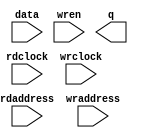
// megafunction wizard: %RAM: 2-PORT%VBB%
// GENERATION: STANDARD
// VERSION: WM1.0
// MODULE: altsyncram 

// ============================================================
// Megafunction Name(s):
// 			altsyncram
//
// Simulation Library Files(s):
// 			altera_mf
// ============================================================
// ************************************************************
// THIS IS A WIZARD-GENERATED FILE. DO NOT EDIT THIS FILE!
//
// 16.1.0 Build 196 10/24/2016 SJ Lite Edition
// ************************************************************

//Copyright (C) 2016  Intel Corporation. All rights reserved.
//Your use of Intel Corporation's design tools, logic functions 
//and other software and tools, and its AMPP partner logic 
//functions, and any output files from any of the foregoing 
//(including device programming or simulation files), and any 
//associated documentation or information are expressly subject 
//to the terms and conditions of the Intel Program License 
//Subscription Agreement, the Intel Quartus Prime License Agreement,
//the Intel MegaCore Function License Agreement, or other 
//applicable license agreement, including, without limitation, 
//that your use is for the sole purpose of programming logic 
//devices manufactured by Intel and sold by Intel or its 
//authorized distributors.  Please refer to the applicable 
//agreement for further details.

module videoRAM (
	data,
	rdaddress,
	rdclock,
	wraddress,
	wrclock,
	wren,
	q);

	input	[15:0]  data;
	input	[16:0]  rdaddress;
	input	  rdclock;
	input	[16:0]  wraddress;
	input	  wrclock;
	input	  wren;
	output	[15:0]  q;
`ifndef ALTERA_RESERVED_QIS
// synopsys translate_off
`endif
	tri1	  wrclock;
	tri0	  wren;
`ifndef ALTERA_RESERVED_QIS
// synopsys translate_on
`endif

endmodule

// ============================================================
// CNX file retrieval info
// ============================================================
// Retrieval info: PRIVATE: ADDRESSSTALL_A NUMERIC "0"
// Retrieval info: PRIVATE: ADDRESSSTALL_B NUMERIC "0"
// Retrieval info: PRIVATE: BYTEENA_ACLR_A NUMERIC "0"
// Retrieval info: PRIVATE: BYTEENA_ACLR_B NUMERIC "0"
// Retrieval info: PRIVATE: BYTE_ENABLE_A NUMERIC "0"
// Retrieval info: PRIVATE: BYTE_ENABLE_B NUMERIC "0"
// Retrieval info: PRIVATE: BYTE_SIZE NUMERIC "8"
// Retrieval info: PRIVATE: BlankMemory NUMERIC "1"
// Retrieval info: PRIVATE: CLOCK_ENABLE_INPUT_A NUMERIC "0"
// Retrieval info: PRIVATE: CLOCK_ENABLE_INPUT_B NUMERIC "0"
// Retrieval info: PRIVATE: CLOCK_ENABLE_OUTPUT_A NUMERIC "0"
// Retrieval info: PRIVATE: CLOCK_ENABLE_OUTPUT_B NUMERIC "0"
// Retrieval info: PRIVATE: CLRdata NUMERIC "0"
// Retrieval info: PRIVATE: CLRq NUMERIC "0"
// Retrieval info: PRIVATE: CLRrdaddress NUMERIC "0"
// Retrieval info: PRIVATE: CLRrren NUMERIC "0"
// Retrieval info: PRIVATE: CLRwraddress NUMERIC "0"
// Retrieval info: PRIVATE: CLRwren NUMERIC "0"
// Retrieval info: PRIVATE: Clock NUMERIC "1"
// Retrieval info: PRIVATE: Clock_A NUMERIC "0"
// Retrieval info: PRIVATE: Clock_B NUMERIC "0"
// Retrieval info: PRIVATE: IMPLEMENT_IN_LES NUMERIC "0"
// Retrieval info: PRIVATE: INDATA_ACLR_B NUMERIC "0"
// Retrieval info: PRIVATE: INDATA_REG_B NUMERIC "0"
// Retrieval info: PRIVATE: INIT_FILE_LAYOUT STRING "PORT_B"
// Retrieval info: PRIVATE: INIT_TO_SIM_X NUMERIC "0"
// Retrieval info: PRIVATE: INTENDED_DEVICE_FAMILY STRING "Cyclone V"
// Retrieval info: PRIVATE: JTAG_ENABLED NUMERIC "0"
// Retrieval info: PRIVATE: JTAG_ID STRING "NONE"
// Retrieval info: PRIVATE: MAXIMUM_DEPTH NUMERIC "0"
// Retrieval info: PRIVATE: MEMSIZE NUMERIC "1536000"
// Retrieval info: PRIVATE: MEM_IN_BITS NUMERIC "0"
// Retrieval info: PRIVATE: MIFfilename STRING ""
// Retrieval info: PRIVATE: OPERATION_MODE NUMERIC "2"
// Retrieval info: PRIVATE: OUTDATA_ACLR_B NUMERIC "0"
// Retrieval info: PRIVATE: OUTDATA_REG_B NUMERIC "1"
// Retrieval info: PRIVATE: RAM_BLOCK_TYPE NUMERIC "0"
// Retrieval info: PRIVATE: READ_DURING_WRITE_MODE_MIXED_PORTS NUMERIC "2"
// Retrieval info: PRIVATE: READ_DURING_WRITE_MODE_PORT_A NUMERIC "3"
// Retrieval info: PRIVATE: READ_DURING_WRITE_MODE_PORT_B NUMERIC "3"
// Retrieval info: PRIVATE: REGdata NUMERIC "1"
// Retrieval info: PRIVATE: REGq NUMERIC "1"
// Retrieval info: PRIVATE: REGrdaddress NUMERIC "1"
// Retrieval info: PRIVATE: REGrren NUMERIC "1"
// Retrieval info: PRIVATE: REGwraddress NUMERIC "1"
// Retrieval info: PRIVATE: REGwren NUMERIC "1"
// Retrieval info: PRIVATE: SYNTH_WRAPPER_GEN_POSTFIX STRING "0"
// Retrieval info: PRIVATE: USE_DIFF_CLKEN NUMERIC "0"
// Retrieval info: PRIVATE: UseDPRAM NUMERIC "1"
// Retrieval info: PRIVATE: VarWidth NUMERIC "0"
// Retrieval info: PRIVATE: WIDTH_READ_A NUMERIC "16"
// Retrieval info: PRIVATE: WIDTH_READ_B NUMERIC "16"
// Retrieval info: PRIVATE: WIDTH_WRITE_A NUMERIC "16"
// Retrieval info: PRIVATE: WIDTH_WRITE_B NUMERIC "16"
// Retrieval info: PRIVATE: WRADDR_ACLR_B NUMERIC "0"
// Retrieval info: PRIVATE: WRADDR_REG_B NUMERIC "0"
// Retrieval info: PRIVATE: WRCTRL_ACLR_B NUMERIC "0"
// Retrieval info: PRIVATE: enable NUMERIC "0"
// Retrieval info: PRIVATE: rden NUMERIC "0"
// Retrieval info: LIBRARY: altera_mf altera_mf.altera_mf_components.all
// Retrieval info: CONSTANT: ADDRESS_ACLR_B STRING "NONE"
// Retrieval info: CONSTANT: ADDRESS_REG_B STRING "CLOCK1"
// Retrieval info: CONSTANT: CLOCK_ENABLE_INPUT_A STRING "BYPASS"
// Retrieval info: CONSTANT: CLOCK_ENABLE_INPUT_B STRING "BYPASS"
// Retrieval info: CONSTANT: CLOCK_ENABLE_OUTPUT_B STRING "BYPASS"
// Retrieval info: CONSTANT: INTENDED_DEVICE_FAMILY STRING "Cyclone V"
// Retrieval info: CONSTANT: LPM_TYPE STRING "altsyncram"
// Retrieval info: CONSTANT: NUMWORDS_A NUMERIC "96000"
// Retrieval info: CONSTANT: NUMWORDS_B NUMERIC "96000"
// Retrieval info: CONSTANT: OPERATION_MODE STRING "DUAL_PORT"
// Retrieval info: CONSTANT: OUTDATA_ACLR_B STRING "NONE"
// Retrieval info: CONSTANT: OUTDATA_REG_B STRING "CLOCK1"
// Retrieval info: CONSTANT: POWER_UP_UNINITIALIZED STRING "FALSE"
// Retrieval info: CONSTANT: WIDTHAD_A NUMERIC "17"
// Retrieval info: CONSTANT: WIDTHAD_B NUMERIC "17"
// Retrieval info: CONSTANT: WIDTH_A NUMERIC "16"
// Retrieval info: CONSTANT: WIDTH_B NUMERIC "16"
// Retrieval info: CONSTANT: WIDTH_BYTEENA_A NUMERIC "1"
// Retrieval info: USED_PORT: data 0 0 16 0 INPUT NODEFVAL "data[15..0]"
// Retrieval info: USED_PORT: q 0 0 16 0 OUTPUT NODEFVAL "q[15..0]"
// Retrieval info: USED_PORT: rdaddress 0 0 17 0 INPUT NODEFVAL "rdaddress[16..0]"
// Retrieval info: USED_PORT: rdclock 0 0 0 0 INPUT NODEFVAL "rdclock"
// Retrieval info: USED_PORT: wraddress 0 0 17 0 INPUT NODEFVAL "wraddress[16..0]"
// Retrieval info: USED_PORT: wrclock 0 0 0 0 INPUT VCC "wrclock"
// Retrieval info: USED_PORT: wren 0 0 0 0 INPUT GND "wren"
// Retrieval info: CONNECT: @address_a 0 0 17 0 wraddress 0 0 17 0
// Retrieval info: CONNECT: @address_b 0 0 17 0 rdaddress 0 0 17 0
// Retrieval info: CONNECT: @clock0 0 0 0 0 wrclock 0 0 0 0
// Retrieval info: CONNECT: @clock1 0 0 0 0 rdclock 0 0 0 0
// Retrieval info: CONNECT: @data_a 0 0 16 0 data 0 0 16 0
// Retrieval info: CONNECT: @wren_a 0 0 0 0 wren 0 0 0 0
// Retrieval info: CONNECT: q 0 0 16 0 @q_b 0 0 16 0
// Retrieval info: GEN_FILE: TYPE_NORMAL videoRAM.v TRUE
// Retrieval info: GEN_FILE: TYPE_NORMAL videoRAM.inc FALSE
// Retrieval info: GEN_FILE: TYPE_NORMAL videoRAM.cmp FALSE
// Retrieval info: GEN_FILE: TYPE_NORMAL videoRAM.bsf FALSE
// Retrieval info: GEN_FILE: TYPE_NORMAL videoRAM_inst.v FALSE
// Retrieval info: GEN_FILE: TYPE_NORMAL videoRAM_bb.v TRUE
// Retrieval info: LIB_FILE: altera_mf